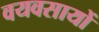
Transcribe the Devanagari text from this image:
वयवसायों